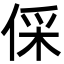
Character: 倸